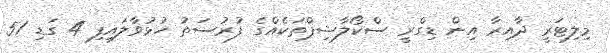
މިލިޓަރީ ދާއިރާ އިން ޑިގްރީ ސްކޯލާޝިޕްތަކެއްގެ ފުރުސަތު ހުޅުވާލައިފި 4 ގަޑި 51